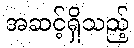
အဆင့်ရှိသည့်